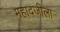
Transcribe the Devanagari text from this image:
महादजीला